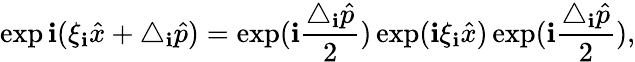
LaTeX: \exp\mathbf{i}(\xi_{\mathbf{i}}\hat{{x}}+\triangle_{\mathbf{i}}\hat{{p}})=\exp(\mathbf{i}\frac{{\triangle_{\mathbf{i}}\hat{{p}}}}{{2}})\exp(\mathbf{i}\xi_{\mathbf{i}}\hat{{x}})\exp(\mathbf{i}\frac{{\triangle_{\mathbf{i}}\hat{{p}}}}{{2}}),